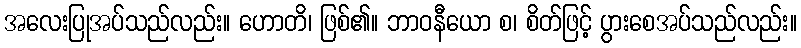
အလေးပြုအပ်သည်လည်း။ ဟောတိ၊ ဖြစ်၏။ ဘာဝနီယော စ၊ စိတ်ဖြင့် ပွားစေအပ်သည်လည်း။